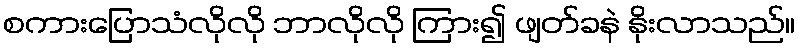
စကားပြောသံလိုလို ဘာလိုလို ကြား၍ ဖျတ်ခနဲ နိုးလာသည်။